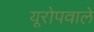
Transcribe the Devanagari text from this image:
यूरोपवाले